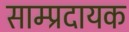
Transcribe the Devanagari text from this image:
साम्प्रदायक